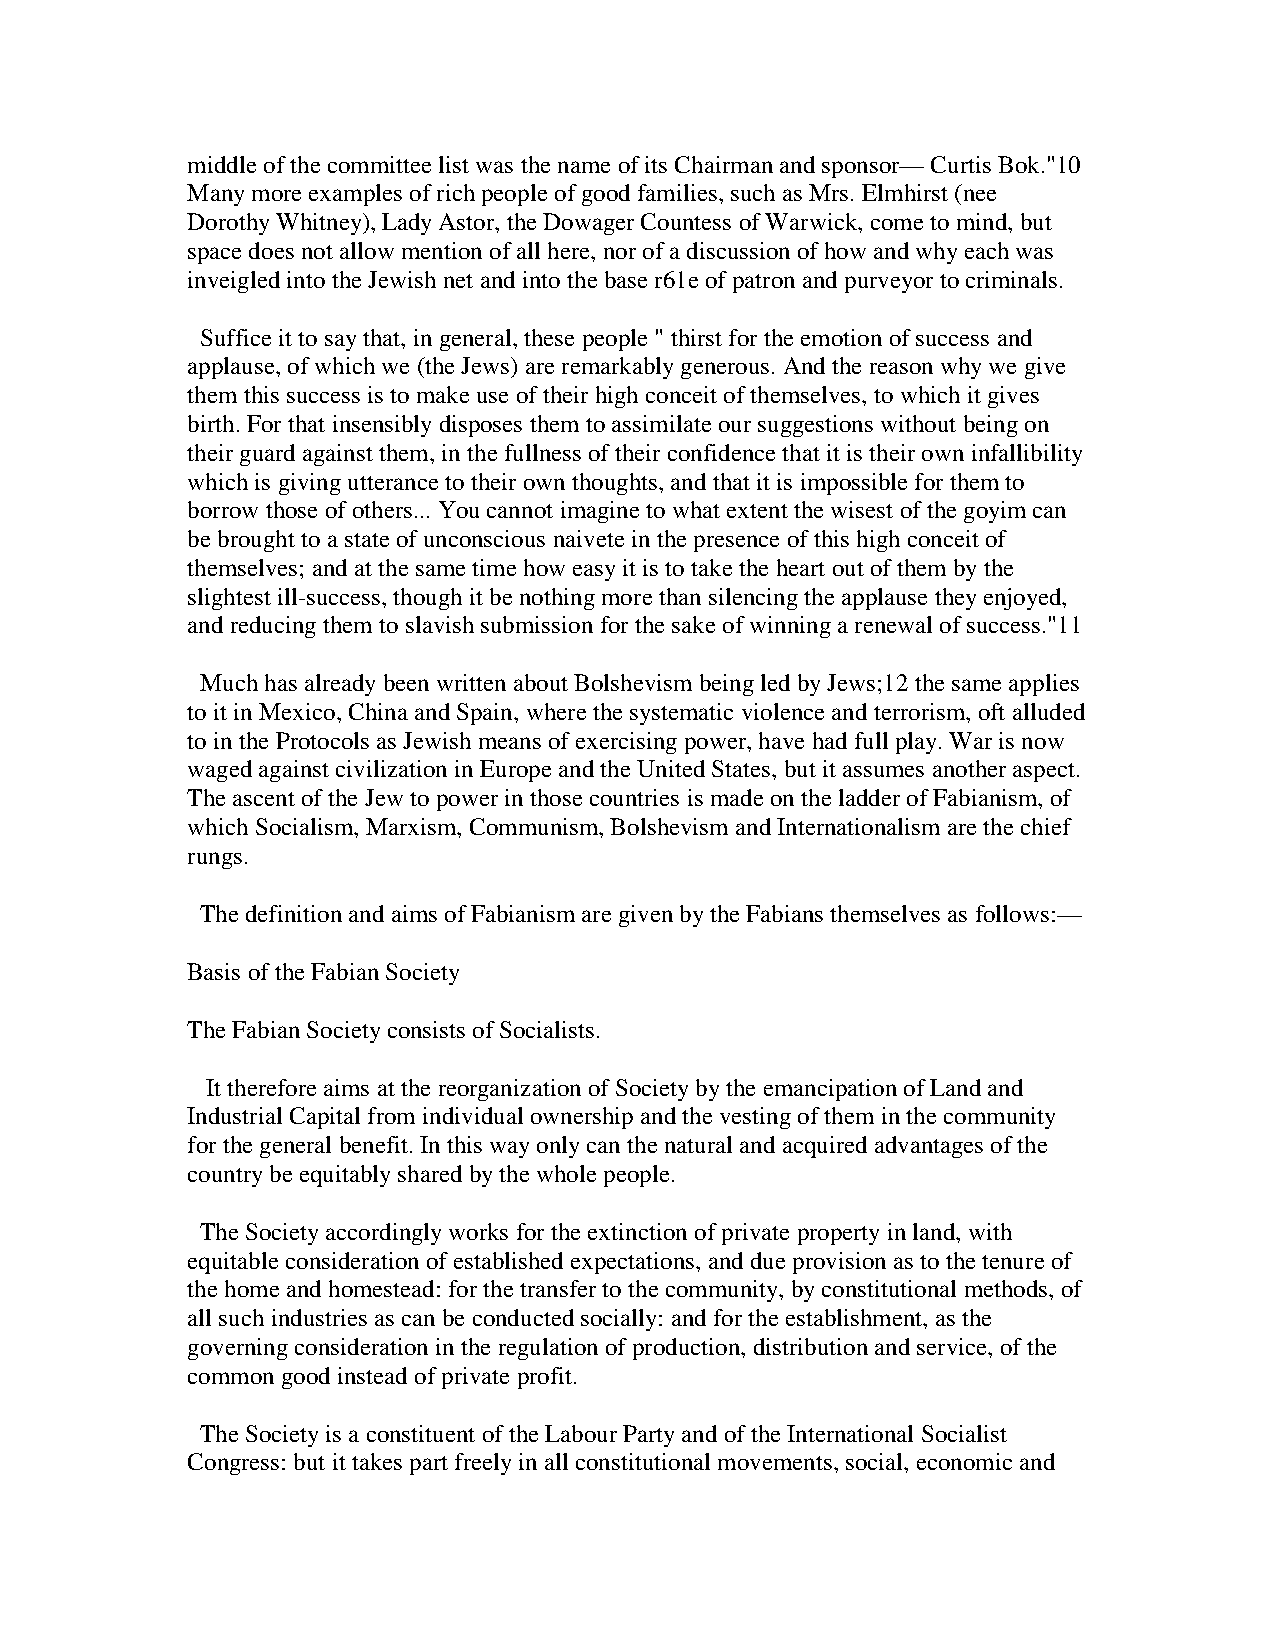
middle of the committee list was the name of its Chairman and sponsor— Curtis Bok."10
 Many more examples of rich people of good families, such as Mrs. Elmhirst (nee
 Dorothy Whitney), Lady Astor, the Dowager Countess of Warwick, come to mind, but
 space does not allow mention of all here, nor of a discussion of how and why each was
 inveigled into the Jewish net and into the base r61e of patron and purveyor to criminals.
 Suffice it to say that, in general, these people " thirst for the emotion of success and
 applause, of which we (the Jews) are remarkably generous. And the reason why we give
 them this success is to make use of their high conceit of themselves, to which it gives
 birth. For that insensibly disposes them to assimilate our suggestions without being on
 their guard against them, in the fullness of their confidence that it is their own infallibility
 which is giving utterance to their own thoughts, and that it is impossible for them to
 borrow those of others... You cannot imagine to what extent the wisest of the goyim can
 be brought to a state of unconscious naivete in the presence of this high conceit of
 themselves; and at the same time how easy it is to take the heart out of them by the
 slightest ill-success, though it be nothing more than silencing the applause they enjoyed,
 and reducing them to slavish submission for the sake of winning a renewal of success."11
 Much has already been written about Bolshevism being led by Jews;12 the same applies
 to it in Mexico, China and Spain, where the systematic violence and terrorism, oft alluded
 to in the Protocols as Jewish means of exercising power, have had full play. War is now
 waged against civilization in Europe and the United States, but it assumes another aspect.
 The ascent of the Jew to power in those countries is made on the ladder of Fabianism, of
 which Socialism, Marxism, Communism, Bolshevism and Internationalism are the chief
 rungs.
 The definition and aims of Fabianism are given by the Fabians themselves as follows:—
 Basis of the Fabian Society
 The Fabian Society consists of Socialists.
 It therefore aims at the reorganization of Society by the emancipation of Land and
 Industrial Capital from individual ownership and the vesting of them in the community
 for the general benefit. In this way only can the natural and acquired advantages of the
 country be equitably shared by the whole people.
 The Society accordingly works for the extinction of private property in land, with
 equitable consideration of established expectations, and due provision as to the tenure of
 the home and homestead: for the transfer to the community, by constitutional methods, of
 all such industries as can be conducted socially: and for the establishment, as the
 governing consideration in the regulation of production, distribution and service, of the
 common good instead of private profit.
 The Society is a constituent of the Labour Party and of the International Socialist
 Congress: but it takes part freely in all constitutional movements, social, economic and